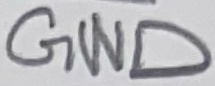
Text: GND